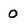
Character: 0